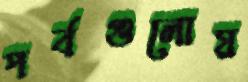
পর্বগুলোয়